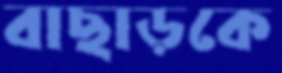
বাছাড়কে